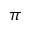
\pi